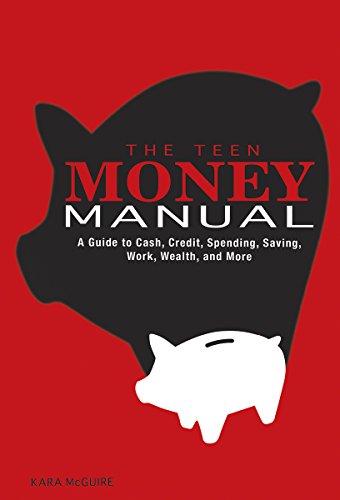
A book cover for The Teen Money Manual: A Guide to Cash, Credit, Spending, Saving, Work, Wealth, and More; Kara McGuire; Children's Books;